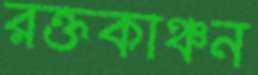
রক্তকাঞ্চন